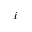
i